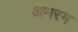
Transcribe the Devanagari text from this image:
अमरम